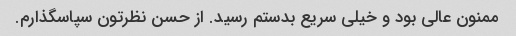
ممنون عالی بود و خیلی سریع بدستم رسید. از حسن نظرتون سپاسگذارم.